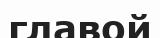
главой